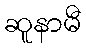
ဆူနာမီ